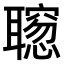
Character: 𫆒